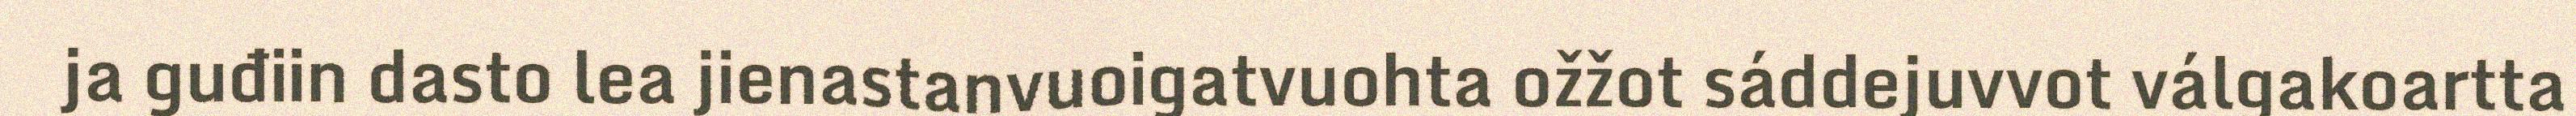
ja guđiin dasto lea jienastanvuoigatvuohta ožžot sáddejuvvot válgakoartta